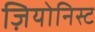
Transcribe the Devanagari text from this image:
ज़ियोनिस्ट